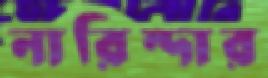
নারিন্দার